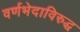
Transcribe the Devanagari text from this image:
वर्णभेदाविरुद्ध